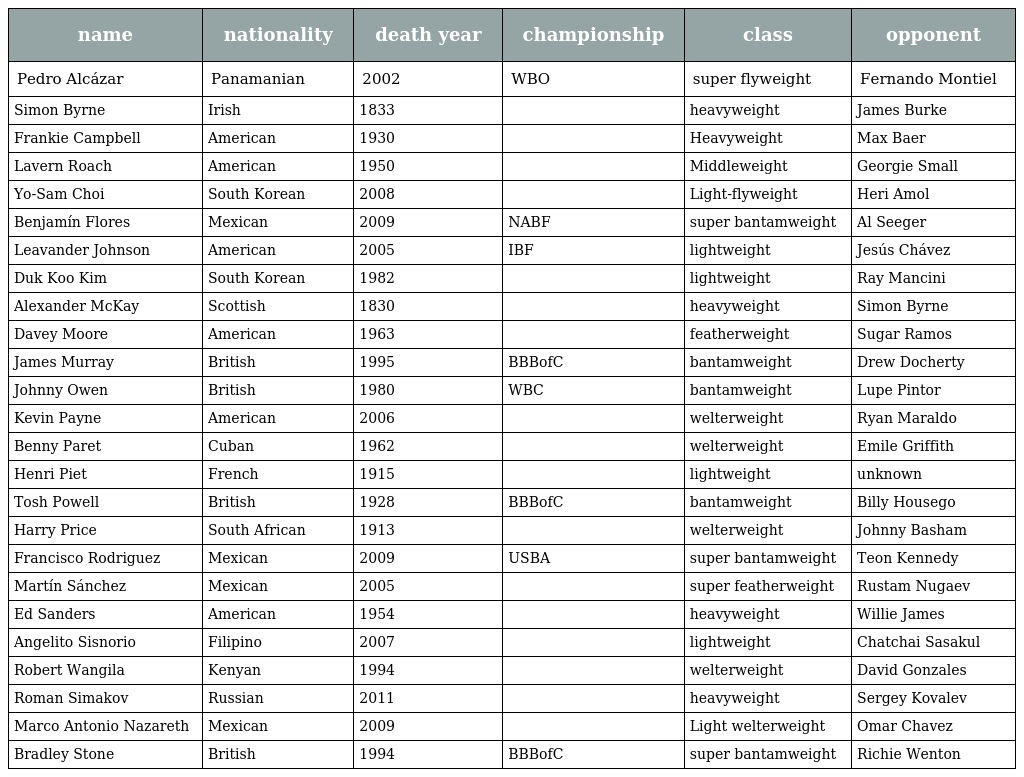
| name | nationality | death year | championship | class | opponent |
 | --- | --- | --- | --- | --- | --- |
 | Pedro Alcázar | Panamanian | 2002 | WBO | super flyweight | Fernando Montiel |
 | Simon Byrne | Irish | 1833 |  | heavyweight | James Burke |
 | Frankie Campbell | American | 1930 |  | Heavyweight | Max Baer |
 | Lavern Roach | American | 1950 |  | Middleweight | Georgie Small |
 | Yo-Sam Choi | South Korean | 2008 |  | Light-flyweight | Heri Amol |
 | Benjamín Flores | Mexican | 2009 | NABF | super bantamweight | Al Seeger |
 | Leavander Johnson | American | 2005 | IBF | lightweight | Jesús Chávez |
 | Duk Koo Kim | South Korean | 1982 |  | lightweight | Ray Mancini |
 | Alexander McKay | Scottish | 1830 |  | heavyweight | Simon Byrne |
 | Davey Moore | American | 1963 |  | featherweight | Sugar Ramos |
 | James Murray | British | 1995 | BBBofC | bantamweight | Drew Docherty |
 | Johnny Owen | British | 1980 | WBC | bantamweight | Lupe Pintor |
 | Kevin Payne | American | 2006 |  | welterweight | Ryan Maraldo |
 | Benny Paret | Cuban | 1962 |  | welterweight | Emile Griffith |
 | Henri Piet | French | 1915 |  | lightweight | unknown |
 | Tosh Powell | British | 1928 | BBBofC | bantamweight | Billy Housego |
 | Harry Price | South African | 1913 |  | welterweight | Johnny Basham |
 | Francisco Rodriguez | Mexican | 2009 | USBA | super bantamweight | Teon Kennedy |
 | Martín Sánchez | Mexican | 2005 |  | super featherweight | Rustam Nugaev |
 | Ed Sanders | American | 1954 |  | heavyweight | Willie James |
 | Angelito Sisnorio | Filipino | 2007 |  | lightweight | Chatchai Sasakul |
 | Robert Wangila | Kenyan | 1994 |  | welterweight | David Gonzales |
 | Roman Simakov | Russian | 2011 |  | heavyweight | Sergey Kovalev |
 | Marco Antonio Nazareth | Mexican | 2009 |  | Light welterweight | Omar Chavez |
 | Bradley Stone | British | 1994 | BBBofC | super bantamweight | Richie Wenton |